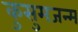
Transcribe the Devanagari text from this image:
कुसुमजन्म